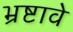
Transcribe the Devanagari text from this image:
भ्रष्टावे